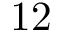
1 2